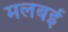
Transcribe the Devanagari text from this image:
मलबई